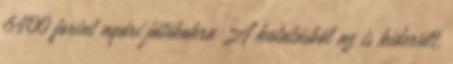
6400 forint nyári játékokra A kutatásból az is kiderült,